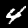
Digit: 4